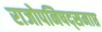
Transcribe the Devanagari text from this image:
राजोपनिषद्समाप्त